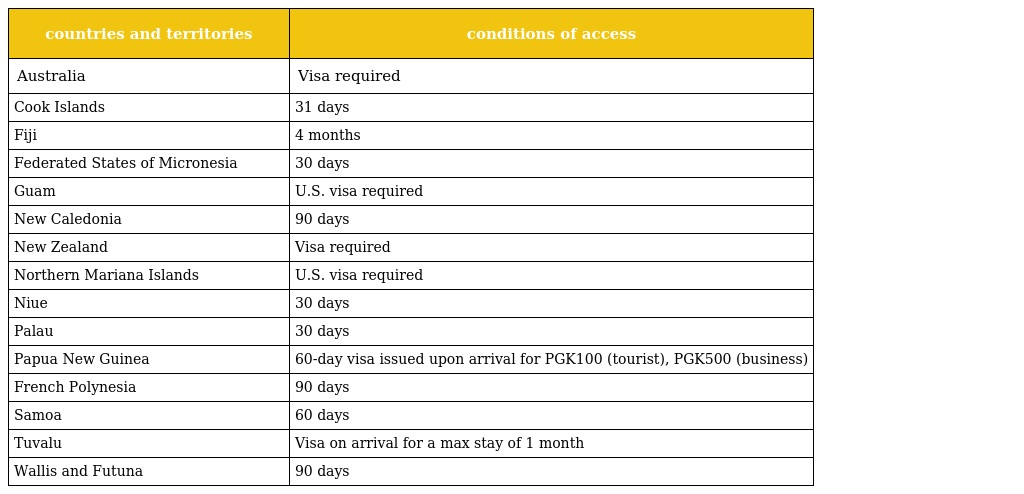
| countries and territories | conditions of access |
 | --- | --- |
 | Australia | Visa required |
 | Cook Islands | 31 days |
 | Fiji | 4 months |
 | Federated States of Micronesia | 30 days |
 | Guam | U.S. visa required |
 | New Caledonia | 90 days |
 | New Zealand | Visa required |
 | Northern Mariana Islands | U.S. visa required |
 | Niue | 30 days |
 | Palau | 30 days |
 | Papua New Guinea | 60-day visa issued upon arrival for PGK100 (tourist), PGK500 (business) |
 | French Polynesia | 90 days |
 | Samoa | 60 days |
 | Tuvalu | Visa on arrival for a max stay of 1 month |
 | Wallis and Futuna | 90 days |